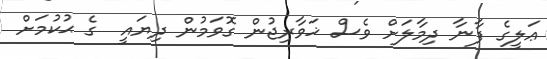
ޢަލީގެ ފާނާ ދިމާލަށް ވެސް ޚަވާރިޖުން ގޮވަމުން ދިޔައީ  ގެ ޙުކުމަށް